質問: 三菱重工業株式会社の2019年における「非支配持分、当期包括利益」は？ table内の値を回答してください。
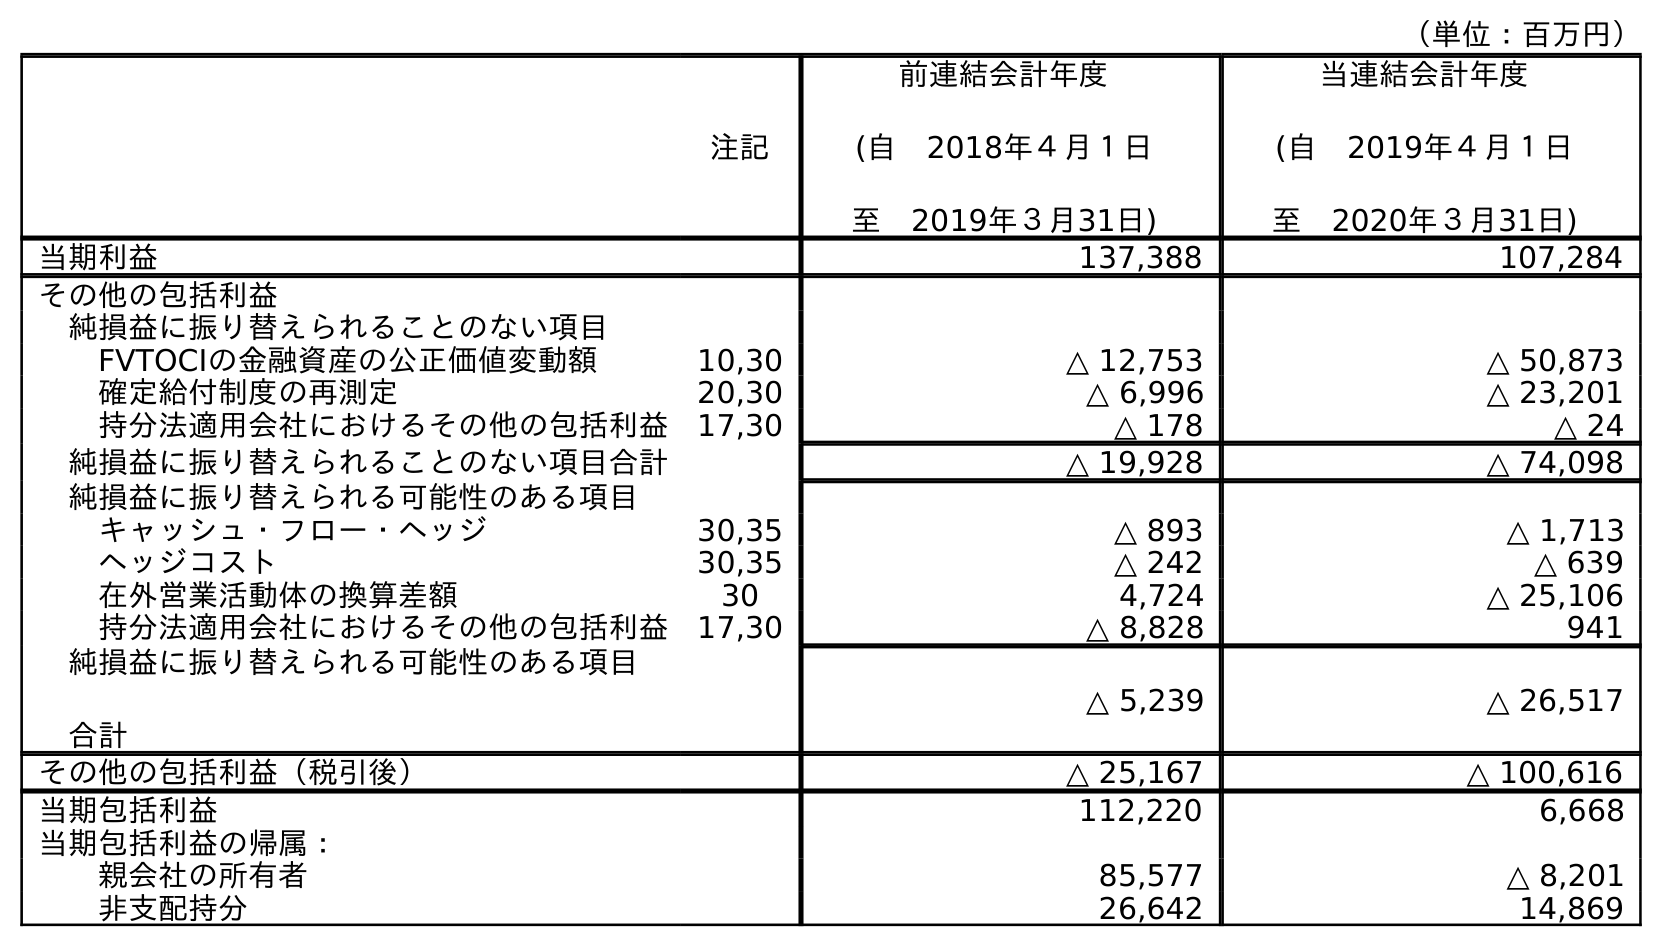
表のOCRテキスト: （単位：百万円） 注記 前連結会計年度 (自 2018年４月１日 至 2019年３月31日) 当連結会計年度 (自 2019年４月１日 至 2020年３月31日) 当期利益 137,388 107,284 その他の包括利益 純損益に振り替えられることのない項目 FVTOCIの金融資産の公正価値変動額 10,30 △ 12,753 △ 50,873 確定給付制度の再測定 20,30 △ 6,996 △ 23,201 持分法適用会社におけるその他の包括利益 17,30 △ 178 △ 24 純損益に振り替えられることのない項目合計 △ 19,928 △ 74,098 純損益に振り替えられる可能性のある項目 キャッシュ・フロー・ヘッジ 30,35 △ 893 △ 1,713 ヘッジコスト 30,35 △ 242 △ 639 在外営業活動体の換算差額 30 4,724 △ 25,106 持分法適用会社におけるその他の包括利益 17,30 △ 8,828 941 純損益に振り替えられる可能性のある項目 合計 △ 5,239 △ 26,517 その他の包括利益（税引後） △ 25,167 △ 100,616 当期包括利益 112,220 6,668 当期包括利益の帰属： 親会社の所有者 85,577 △ 8,201 非支配持分 26,642 14,869
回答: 26,642